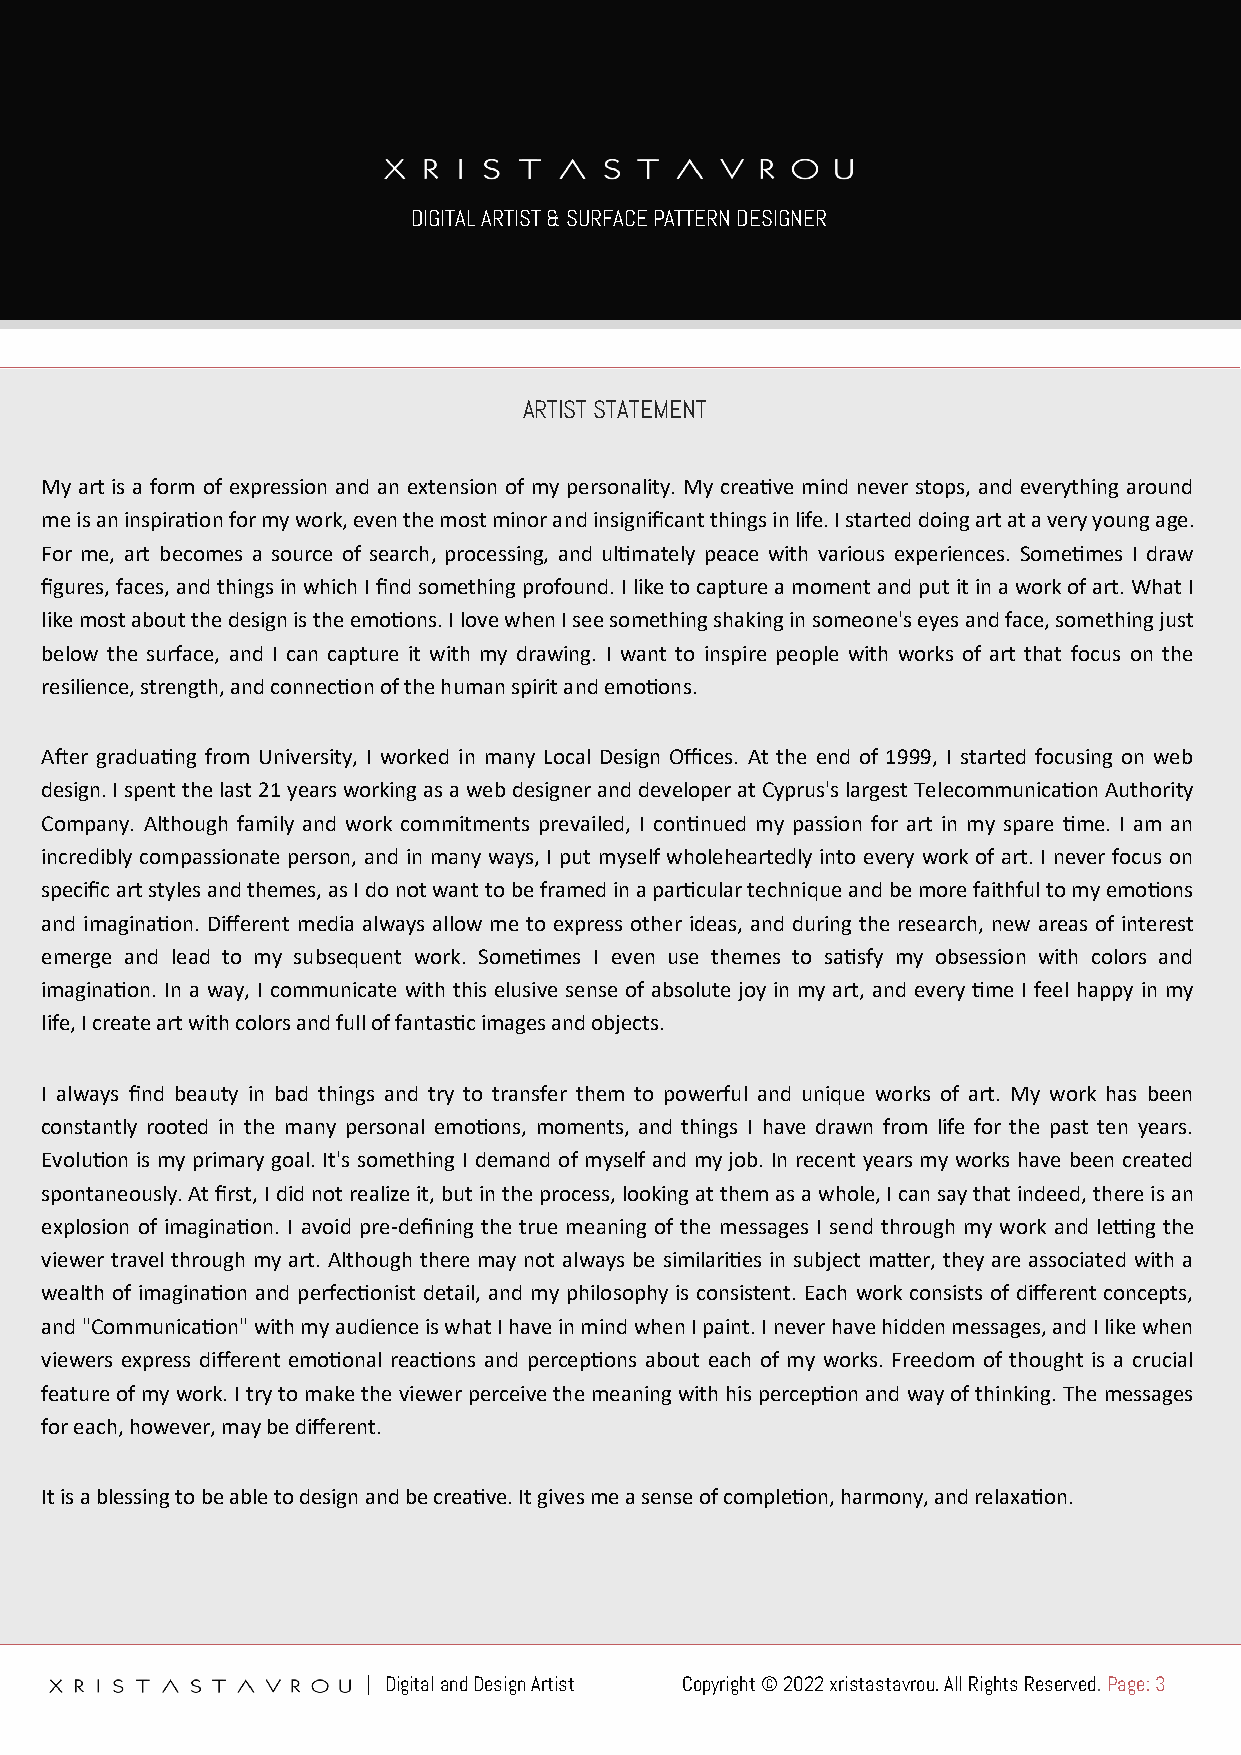
DIGITAL ARTIST & SURFACE PATTERN DESIGNER
 ARTIST STATEMENT
 My art is a form of expression and an extension of my personality. My creative mind never stops, and everything around
 me is an inspiration for my work, even the most minor and insignificant things in life. I started doing art at a very young age.
 For me, art becomes a source of search, processing, and ultimately peace with various experiences. Sometimes I draw
 figures, faces, and things in which I find something profound. I like to capture a moment and put it in a work of art. What I
 like most about the design is the emotions. I love when I see something shaking in someone's eyes and face, something just
 below the surface, and I can capture it with my drawing. I want to inspire people with works of art that focus on the
 resilience, strength, and connection of the human spirit and emotions.
 After graduating from University, I worked in many Local Design Offices. At the end of 1999, I started focusing on web
 design. I spent the last 21 years working as a web designer and developer at Cyprus's largest Telecommunication Authority
 Company. Although family and work commitments prevailed, I continued my passion for art in my spare time. I am an
 incredibly compassionate person, and in many ways, I put myself wholeheartedly into every work of art. I never focus on
 specific art styles and themes, as I do not want to be framed in a particular technique and be more faithful to my emotions
 and imagination. Different media always allow me to express other ideas, and during the research, new areas of interest
 emerge and lead to my subsequent work. Sometimes I even use themes to satisfy my obsession with colors and
 imagination. In a way, I communicate with this elusive sense of absolute joy in my art, and every time I feel happy in my
 life, I create art with colors and full of fantastic images and objects.
 I always find beauty in bad things and try to transfer them to powerful and unique works of art. My work has been
 constantly rooted in the many personal emotions, moments, and things I have drawn from life for the past ten years.
 Evolution is my primary goal. It's something I demand of myself and my job. In recent years my works have been created
 spontaneously. At first, I did not realize it, but in the process, looking at them as a whole, I can say that indeed, there is an
 explosion of imagination. I avoid pre-defining the true meaning of the messages I send through my work and letting the
 viewer travel through my art. Although there may not always be similarities in subject matter, they are associated with a
 wealth of imagination and perfectionist detail, and my philosophy is consistent. Each work consists of different concepts,
 and "Communication" with my audience is what I have in mind when I paint. I never have hidden messages, and I like when
 viewers express different emotional reactions and perceptions about each of my works. Freedom of thought is a crucial
 feature of my work. I try to make the viewer perceive the meaning with his perception and way of thinking. The messages
 for each, however, may be different.
 It is a blessing to be able to design and be creative. It gives me a sense of completion, harmony, and relaxation.
 | Digital and Design Artist Copyright © 2022 xristastavrou. All Rights Reserved. Page: 3